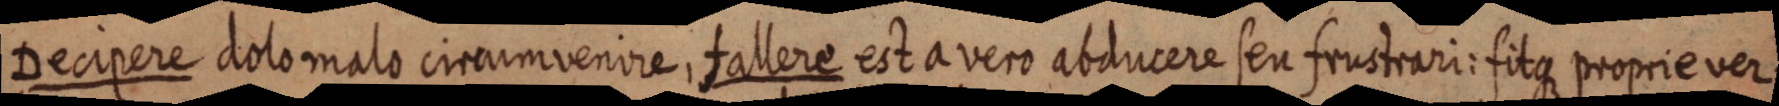
Decipere dolo malo circum venire, fallere est a vero abducere seu frustrari: fitque proprie ver